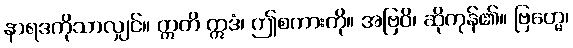
နာရဒကိုသာလျှင်။ ဣတိ ဣဒံ၊ ဤစကားကို။ အဗြဝိ၊ ဆိုကုန်၏။ ဗြဟ္မေ၊